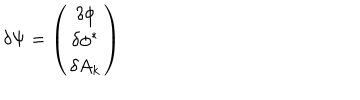
LaTeX: \delta \Psi = \left( \begin{array} { c } { { \delta \phi } } \\ { { \delta \phi ^ { \ast } } } \\ { { \delta A _ { k } } } \\ \end{array} \right)